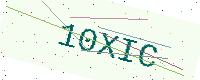
Text: 10XIC